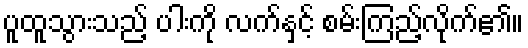
ပူထူသွားသည့် ပါးကို လက်နှင့် စမ်းကြည့်လိုက်၏။